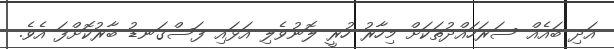
އަދި ބައެއް ސަރަހައްދުތަކަށް މިހާރު ހުރީ ލޮނުވެލި އަޅައި ފަސްގަނޑު ބާރުކޮށްފަ އެވެެ.